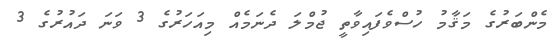
މެންބަރުގެ މަޤާމު ހުސްވެފައިވާތީ ޖުމްލަ ދެނަމެއް މިއަހަރުގެ 3 ވަނަ ދައުރުގެ 3